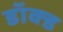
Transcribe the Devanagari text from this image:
डॉक्ड